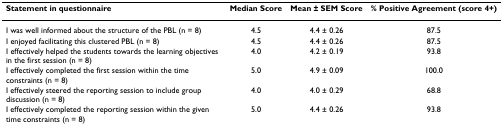
| Statement in questionnaire | Median Score | Mean ± SEM Score | % Positive Agreement (score 4+) |
 | --- | --- | --- | --- |
 | I was well informed about the structure of the PBL (n = 8) | 4.5 | 4.4 ± 0.26 | 87.5 |
 | I enjoyed facilitating this clustered PBL (n = 8) | 4.5 | 4.4 ± 0.26 | 87.5 |
 | I effectively helped the students towards the learning objectives in the first session (n = 8) | 4.0 | 4.2 ± 0.19 | 93.8 |
 | I effectively completed the first session within the time constraints (n = 8) | 5.0 | 4.9 ± 0.09 | 100.0 |
 | I effectively steered the reporting session to include group discussion (n = 8) | 4.0 | 4.0 ± 0.29 | 68.8 |
 | I effectively completed the reporting session within the given time constraints (n = 8) | 5.0 | 4.4 ± 0.26 | 93.8 |